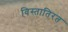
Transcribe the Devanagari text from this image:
विस्तातिरत